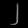
Digit: ၂